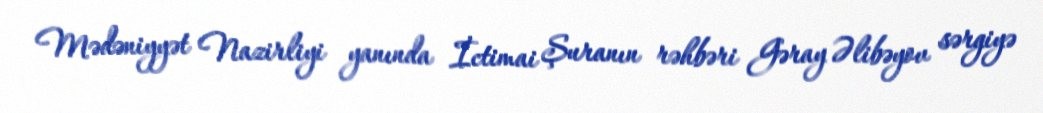
Mədəniyyət Nazirliyi yanında İctimai Şuranın rəhbəri Gəray Əlibəyov sərgiyə